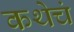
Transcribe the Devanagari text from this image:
कथेचं